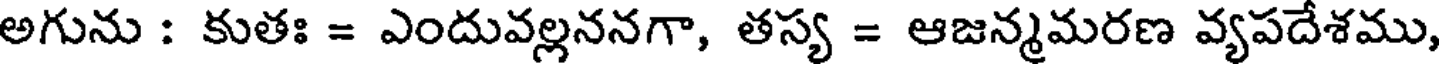
అగును : కుతః = ఎందువల్లననగా, తస్య = ఆజన్మమరణ వ్యపదేశము,